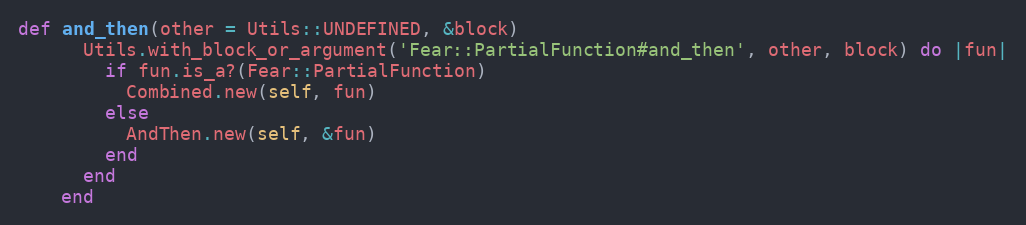
Language: Ruby
def and_then(other = Utils::UNDEFINED, &block)
      Utils.with_block_or_argument('Fear::PartialFunction#and_then', other, block) do |fun|
        if fun.is_a?(Fear::PartialFunction)
          Combined.new(self, fun)
        else
          AndThen.new(self, &fun)
        end
      end
    end